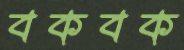
বকবক